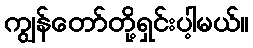
ကျွန်တော်တို့ရှင်းပါ့မယ်။